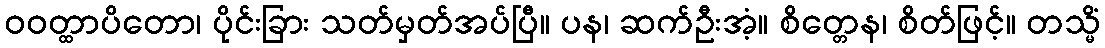
ဝဝတ္ထာပိတော၊ ပိုင်းခြား သတ်မှတ်အပ်ပြီ။ ပန၊ ဆက်ဦးအံ့။ စိတ္တေန၊ စိတ်ဖြင့်။ တသ္မိံ